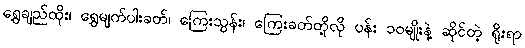
ရွှေချည်ထိုး၊ ရွှေမျက်ပါးခတ်၊ ကြေးသွန်း၊ ကြေးခတ်တို့လို ပန်း ၁၀မျိုးနဲ့ ဆိုင်တဲ့ ရိုးရာ